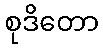
စုဒိတော